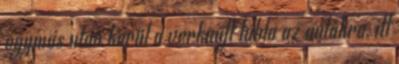
egymás után kerül a verkauft tábla az autókra, itt